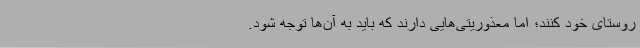
روستای خود کنند؛ اما معذوریتی‌هایی دارند که باید به آن‌ها توجه شود.